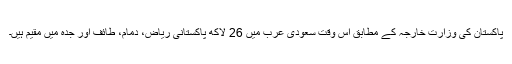
پاکستان کی وزارتِ خارجہ کے مطابق اس وقت سعودی عرب میں 26 لاکھ پاکستانی ریاض، دمام، طائف اور جدہ میں مقیم ہیں۔